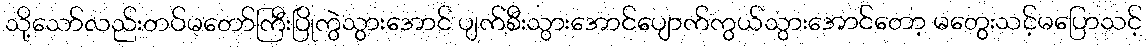
သို့သော်လည်းတပ်မတော်ကြီးပြိုကွဲသွားအောင် ပျက်စီးသွားအောင်ပျောက်ကွယ်သွားအောင်တော့ မတွေးသင့်မပြောသင့်